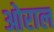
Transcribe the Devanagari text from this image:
ओराल